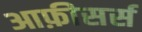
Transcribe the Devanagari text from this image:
आफ़ीसर्स